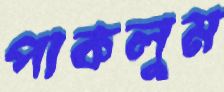
পাকলুম